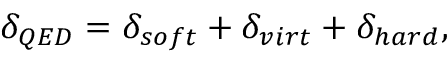
\delta _ { Q E D } = \delta _ { s o f t } + \delta _ { v i r t } + \delta _ { h a r d } ,